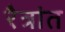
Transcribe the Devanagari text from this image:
रैत्रांत